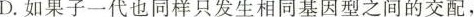
D.如果子一代也同样只发生相同基因型之间的交配，